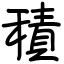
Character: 積